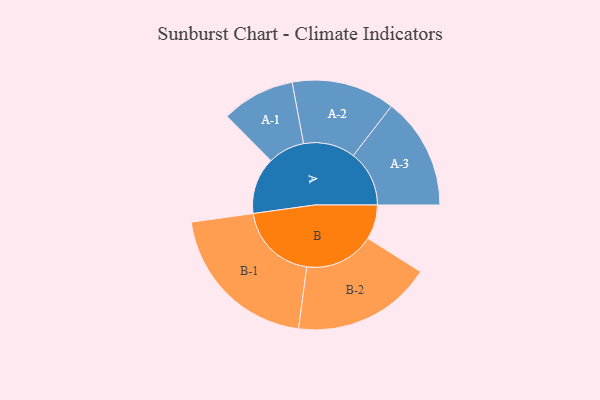
{"axis": {"x": "Segment", "y": "Value"}, "legend": ["", "A", "B"], "data": [{"x": "A", "y": 212, "type": ""}, {"x": "B", "y": 129, "type": ""}, {"x": "A-1", "y": 137, "type": "A"}, {"x": "A-2", "y": 193, "type": "A"}, {"x": "A-3", "y": 209, "type": "A"}, {"x": "B-1", "y": 298, "type": "B"}, {"x": "B-2", "y": 261, "type": "B"}]}